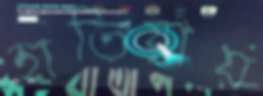
হাতিয়ায়